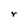
Character: r